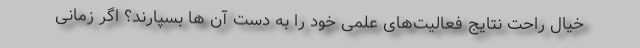
خیال راحت نتایج فعالیت‌های علمی خود را به دست آن ها بسپارند؟ اگر زمانی